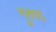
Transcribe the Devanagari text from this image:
गुरुणा